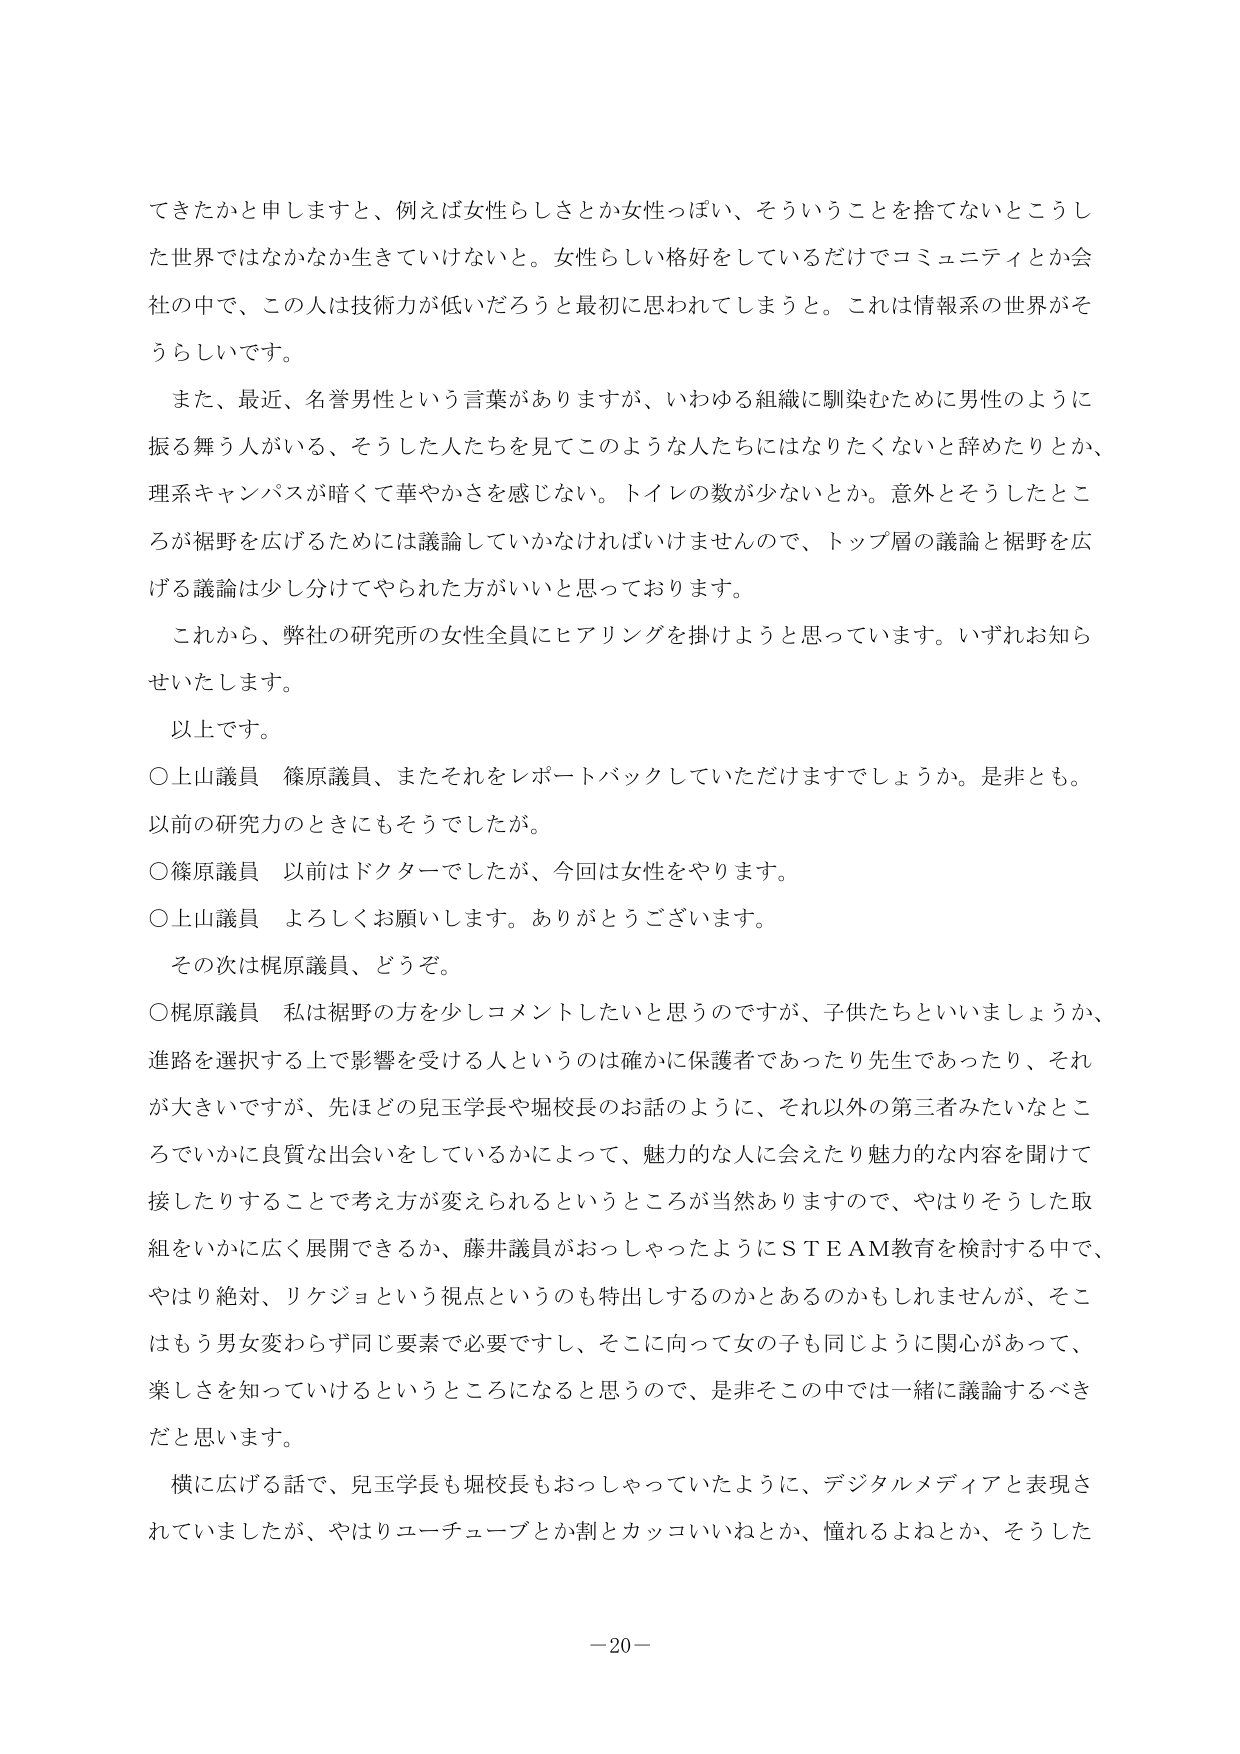
てきたかと申しますと、例えば女性らしさとか女性っぽい、そういうことを捨てないところした世界ではなかなか生きていけない。女性らしい格好をしているだけでコミュニティとか会社の中で、この人は技術力が低いだろうと最初に思われてしまう。これは情報系の世界がそうらしいです。

また、最近、名誉男性という言葉がありますが、いわゆる組織に馴染むために男性のように振る舞う人がいる、そうした人たちを見てこのような人たちにはなりたくないと言ったりとか、理系キャンパスが暗くて華やかさを感じない。トイレの数が少ないとか。意外とそうしたところが裾野を広げるためには議論していかなければいけませんので、トップ層の議論と裾野を広げる議論は少し分けてやられた方がいいと思っております。

これから、弊社の研究所の女性全員にヒアリングを掛けようと思っています。いずれお知らせいたします。

以上です。

○上山議員 篠原議員、またそれをレポートバックしていただけますでしょうか。是非とも。以前の研究力のときにもそうでしたが。

○篠原議員 以前はドクターでしたが、今回は女性をやります。

○上山議員 よろしくお願いします。ありがとうございます。

その次は梶原議員、どうぞ。

○梶原議員 私は裾野の方を少しコメントしたいと思うのですが、子供たちといいましょうか、進路を選択する上で影響を受ける人というのは確かに保護者であったり先生であったり、それが大きいですが、先ほどの児玉学長や堀校長のお話のように、それ以外の第三者みたいなところでいかに良質な出会いをしているかによって、魅力的な人に会えたり魅力的な内容を開けて接したりすることで考え方が変えられるというところが当然ありますので、やはりそうした取組をいかに広く展開できるか、藤井議員がおっしゃったようにＳＴＥＡＭ教育を検討する中で、やはり絶対、リケジョという視点というのも特出しそうなのかもしえませんが、そこはもう男女変わらず同じ要素で必要ですし、そこに向って女の子も同じように関心があって、楽しさを知っていけるというところになると思うので、是非そこの中では一緒に議論するべきだと思います。

横に広げる話で、児玉学長も堀校長もおっしゃっていたように、デジタルメディアと表現されていましたが、やはりユーチューブとか割とカッコいいねとか、憧れるよねとか、そうした

－20－